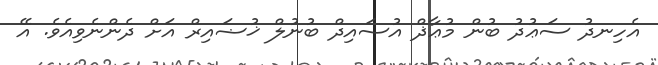
އެހިނދު ސަޢުދު ބުން މުޢާޛް އުސައިދް ބުނުލް ޚުޟައިރް އަށް ދެންނެވިއެވެ. އޭ